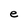
Character: e